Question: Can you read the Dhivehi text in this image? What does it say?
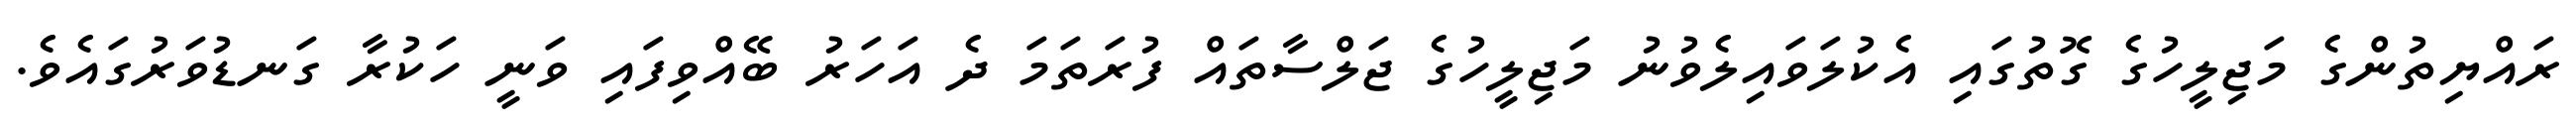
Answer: ރައްޔިތުންގެ މަޖިލީހުގެ ގޮތުގައި އެކުލަވައިލެވުނު މަޖިލީހުގެ ޖަލްސާތައް ފުރަތަމަ ދެ އަހަރު ބޭއްވިފައި ވަނީ ހަކުރާ ގަނޑުވަރުގައެވެ.